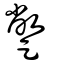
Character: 䠥